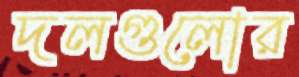
দলগুলোর